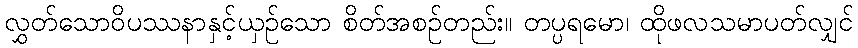
လွှတ်သောဝိပဿနာနှင့်ယှဉ်သော စိတ်အစဉ်တည်း။ တပ္ပရမော၊ ထိုဖလသမာပတ်လျှင်